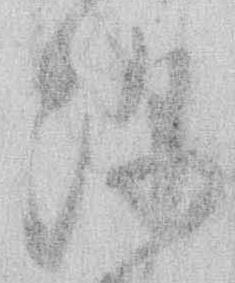
深